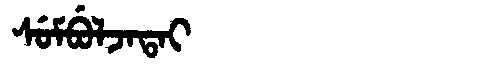
Manchu: ᠰᡠᠮᠪᡠᠯᠵᠠᡨᠠᡳ
Romanization: SUMBULJATAI